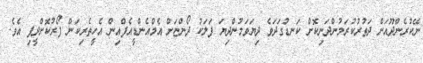
ނޭކުރެންދޫއަށް ދަތުރުކުރަމުންދަނިކޮށް ކަނޑުގަދަވެ ދިޔަވަމުންދިޔަ ފަލަކު ދޯންޏަށް އެމްއެންޑީއެފްއިން އެހީތެރިކަން ފޯރުކޮށްދީފި އެވެ.